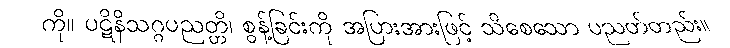
ကို။ ပဋိနိသဂ္ဂပညတ္တိ၊ စွန့်ခြင်းကို အပြားအားဖြင့် သိစေသော ပညတ်တည်း။